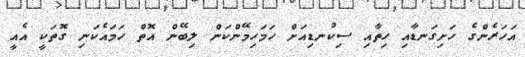
އަހަރެންގެ ހަށިގަނޑާއި ހިތާއި ސިކުނޑިއަށް ހަމަހިމޭންކަން ލިބޭން އޮތް ހަމައެކަނި ގޮތަކީ އެއީ